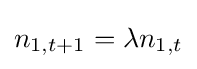
n_{1,t+1}=\lambda n_{1,t}